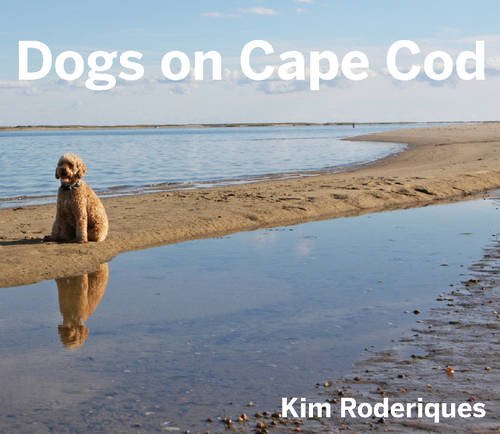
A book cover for Dogs On Cape Cod; Kim Roderiques; Travel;